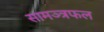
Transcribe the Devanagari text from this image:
सामञ्त्रफल